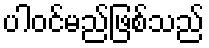
ပါဝင်မည်ဖြစ်သည်